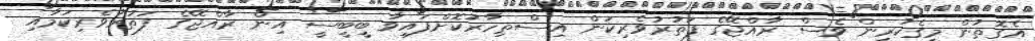
އެގޮތުން މީގެކުރިން ވެސް ރާއްޖޭގެ ފަތުރުވެރިކަން އިސްތިހާރުކޮށްފައިވާ ބީބީސީ އިން ރާއްޖޭގެ ފަތުރުވެރިކަމާއި